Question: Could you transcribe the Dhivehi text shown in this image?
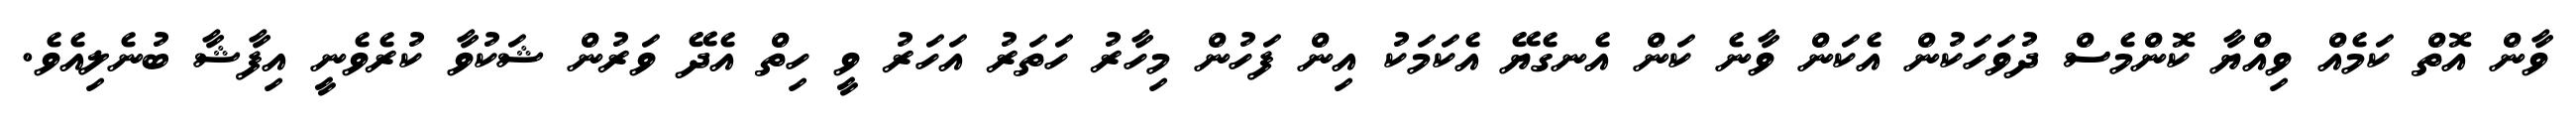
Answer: ވާން އޮތް ކަމެއް ވިއްޔާ ކޮންމެސް ދުވަހަކުން އެކަން ވާނެ ކަން އެނގެޔޭ އެކަމަކު އިން ފަހުން މިހާރު ހަތަރު އަހަރު ވީ ހިތް އެދޭ ވަރުން ޝަކުވާ ކުރެވެނީ އިފާޝާ ބުނެލިއެވެ.